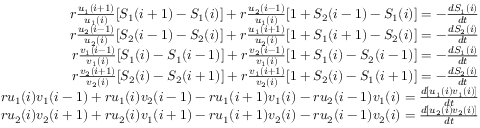
\begin{array} { r } { r \frac { u _ { 1 } ( i + 1 ) } { u _ { 1 } ( i ) } [ S _ { 1 } ( i + 1 ) - S _ { 1 } ( i ) ] + r \frac { u _ { 2 } ( i - 1 ) } { u _ { 1 } ( i ) } [ 1 + S _ { 2 } ( i - 1 ) - S _ { 1 } ( i ) ] = - \frac { d S _ { 1 } ( i ) } { d t } } \\ { r \frac { u _ { 2 } ( i - 1 ) } { u _ { 2 } ( i ) } [ S _ { 2 } ( i - 1 ) - S _ { 2 } ( i ) ] + r \frac { u _ { 1 } ( i + 1 ) } { u _ { 2 } ( i ) } [ 1 + S _ { 1 } ( i + 1 ) - S _ { 2 } ( i ) ] = - \frac { d S _ { 2 } ( i ) } { d t } } \\ { r \frac { v _ { 1 } ( i - 1 ) } { v _ { 1 } ( i ) } [ S _ { 1 } ( i ) - S _ { 1 } ( i - 1 ) ] + r \frac { v _ { 2 } ( i - 1 ) } { v _ { 1 } ( i ) } [ 1 + S _ { 1 } ( i ) - S _ { 2 } ( i - 1 ) ] = - \frac { d S _ { 1 } ( i ) } { d t } } \\ { r \frac { v _ { 2 } ( i + 1 ) } { v _ { 2 } ( i ) } [ S _ { 2 } ( i ) - S _ { 2 } ( i + 1 ) ] + r \frac { v _ { 1 } ( i + 1 ) } { v _ { 2 } ( i ) } [ 1 + S _ { 2 } ( i ) - S _ { 1 } ( i + 1 ) ] = - \frac { d S _ { 2 } ( i ) } { d t } } \\ { r u _ { 1 } ( i ) v _ { 1 } ( i - 1 ) + r u _ { 1 } ( i ) v _ { 2 } ( i - 1 ) - r u _ { 1 } ( i + 1 ) v _ { 1 } ( i ) - r u _ { 2 } ( i - 1 ) v _ { 1 } ( i ) = \frac { d [ u _ { 1 } ( i ) v _ { 1 } ( i ) ] } { d t } } \\ { r u _ { 2 } ( i ) v _ { 2 } ( i + 1 ) + r u _ { 2 } ( i ) v _ { 1 } ( i + 1 ) - r u _ { 1 } ( i + 1 ) v _ { 2 } ( i ) - r u _ { 2 } ( i - 1 ) v _ { 2 } ( i ) = \frac { d [ u _ { 2 } ( i ) v _ { 2 } ( i ) ] } { d t } } \end{array}